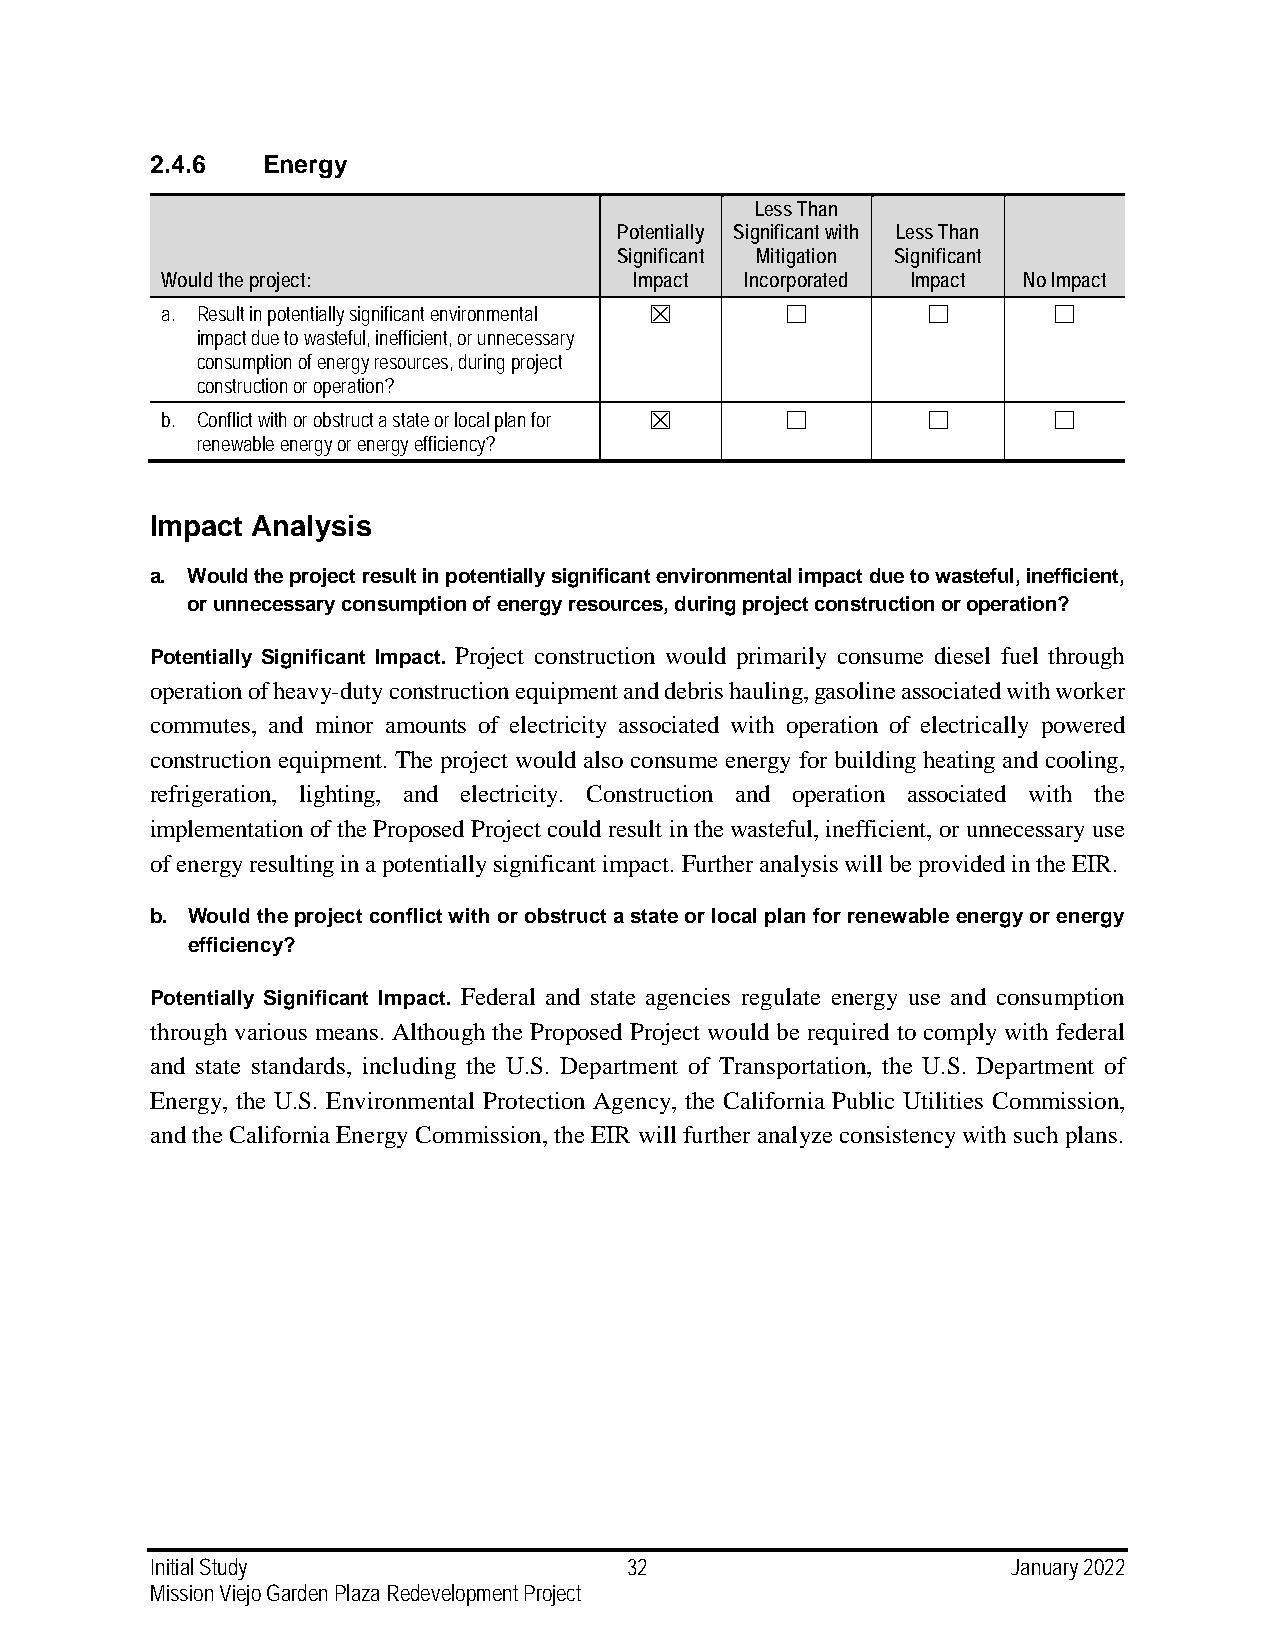
2.4.6  Energy
 Less Than
 Potentially Significant with Less Than
 Significant Mitigation Significant
 Would the project:             Impact Incorporated Impact No Impact
 a. Result in potentially significant environmental ☒ ☐ ☐   ☐
 impact due to wasteful, inefficient, or unnecessary
 consumption of energy resources, during project
 construction or operation?
 b. Conflict with or obstruct a state or local plan for ☒ ☐ ☐ ☐
 renewable energy or energy efficiency?
 Impact Analysis
 a. Would the project result in potentially significant environmental impact due to wasteful, inefficient,
 or unnecessary consumption of energy resources, during project construction or operation?
 Potentially Significant Impact. Project construction would primarily consume diesel fuel through
 operation of heavy-duty construction equipment and debris hauling, gasoline associated with worker
 commutes, and minor amounts of electricity associated with operation of electrically powered
 construction equipment. The project would also consume energy for building heating and cooling,
 refrigeration, lighting, and electricity. Construction and operation associated with the
 implementation of the Proposed Project could result in the wasteful, inefficient, or unnecessary use
 of energy resulting in a potentially significant impact. Further analysis will be provided in the EIR.
 b. Would the project conflict with or obstruct a state or local plan for renewable energy or energy
 efficiency?
 Potentially Significant Impact. Federal and state agencies regulate energy use and consumption
 through various means. Although the Proposed Project would be required to comply with federal
 and state standards, including the U.S. Department of Transportation, the U.S. Department of
 Energy, the U.S. Environmental Protection Agency, the California Public Utilities Commission,
 and the California Energy Commission, the EIR will further analyze consistency with such plans.
 Initial Study                   32                       January 2022
 Mission Viejo Garden Plaza Redevelopment Project